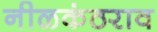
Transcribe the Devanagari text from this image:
नीळकंठराव